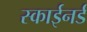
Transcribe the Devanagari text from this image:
स्काईनर्ड